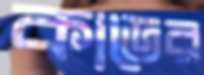
কাডের